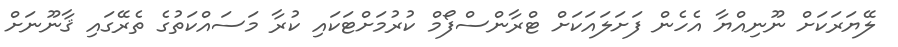
ލޭޔަރަކަށް ނޫނިއްޔާ އެހެން ފަށަލައަކަށް ޓްރާންސްފޯމް ކުރުމަށްޓަކައި ކުރާ މަސައްކަތުގެ ތެރޭގައި ޤާނޫނަށް